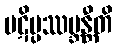
ပဋိပ္ပဿမ္ဘန္တီတိ